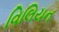
વિલિયન